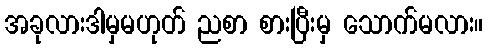
အခုလားဒါမှမဟုတ် ညစာ စားပြီးမှ သောက်မလား။